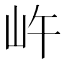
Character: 㞰